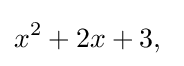
x^{2}+2x+3,\